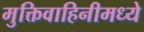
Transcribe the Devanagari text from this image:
मुक्तिवाहिनीमध्ये